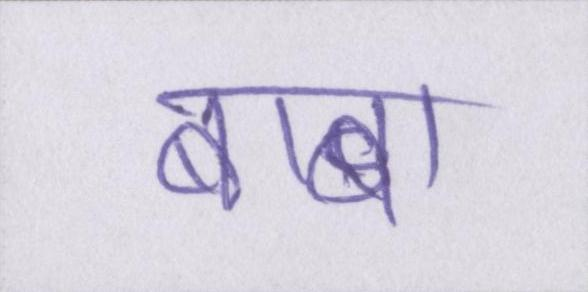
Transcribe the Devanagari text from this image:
बाबा